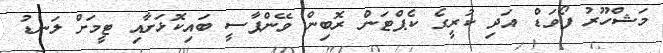
މަޝްހޫރު ފޯވަޑް އަދި ކުރީގެ ކެޕްޓަން ރޮބިން ވޭންޕާސީ ބައިކޮޅަށާއި ޓީމަށް ލަނޑު